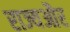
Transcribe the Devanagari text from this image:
राज्यऔर